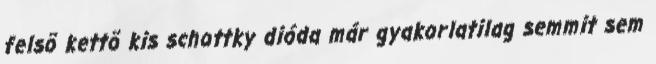
felsõ kettõ kis schottky dióda már gyakorlatilag semmit sem